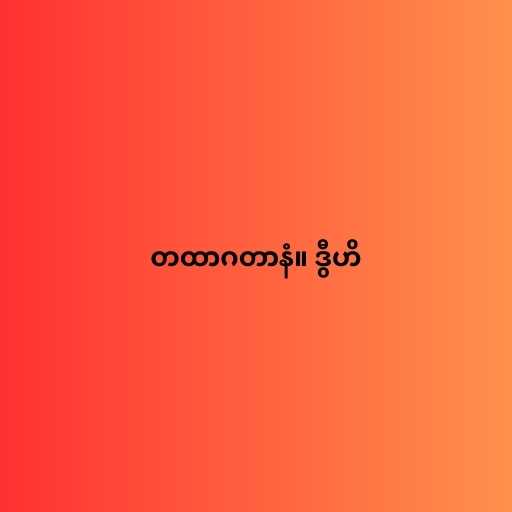
တထာဂတာနံ။ ဒွီဟိ